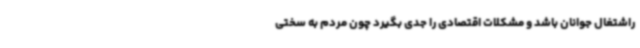
راشتغال جوانان باشد و مشکلات اقتصادی را جدی بگیرد چون مردم به سختی